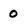
Character: 0